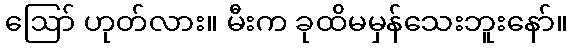
ဪ ဟုတ်လား။ မီးက ခုထိမမှန်သေးဘူးနော်။